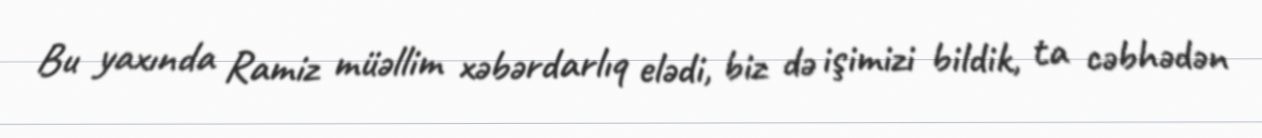
Bu yaxında Ramiz müəllim xəbərdarlıq elədi, biz də işimizi bildik, ta cəbhədən